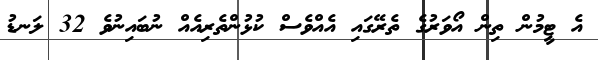
އެ ޓީމުން ތިން އޯވަރުގެ ތެރޭގައި އެއްވެސް ކުޅުންތެރިއެއް ނުބައިނުވެ 32 ލަނޑު